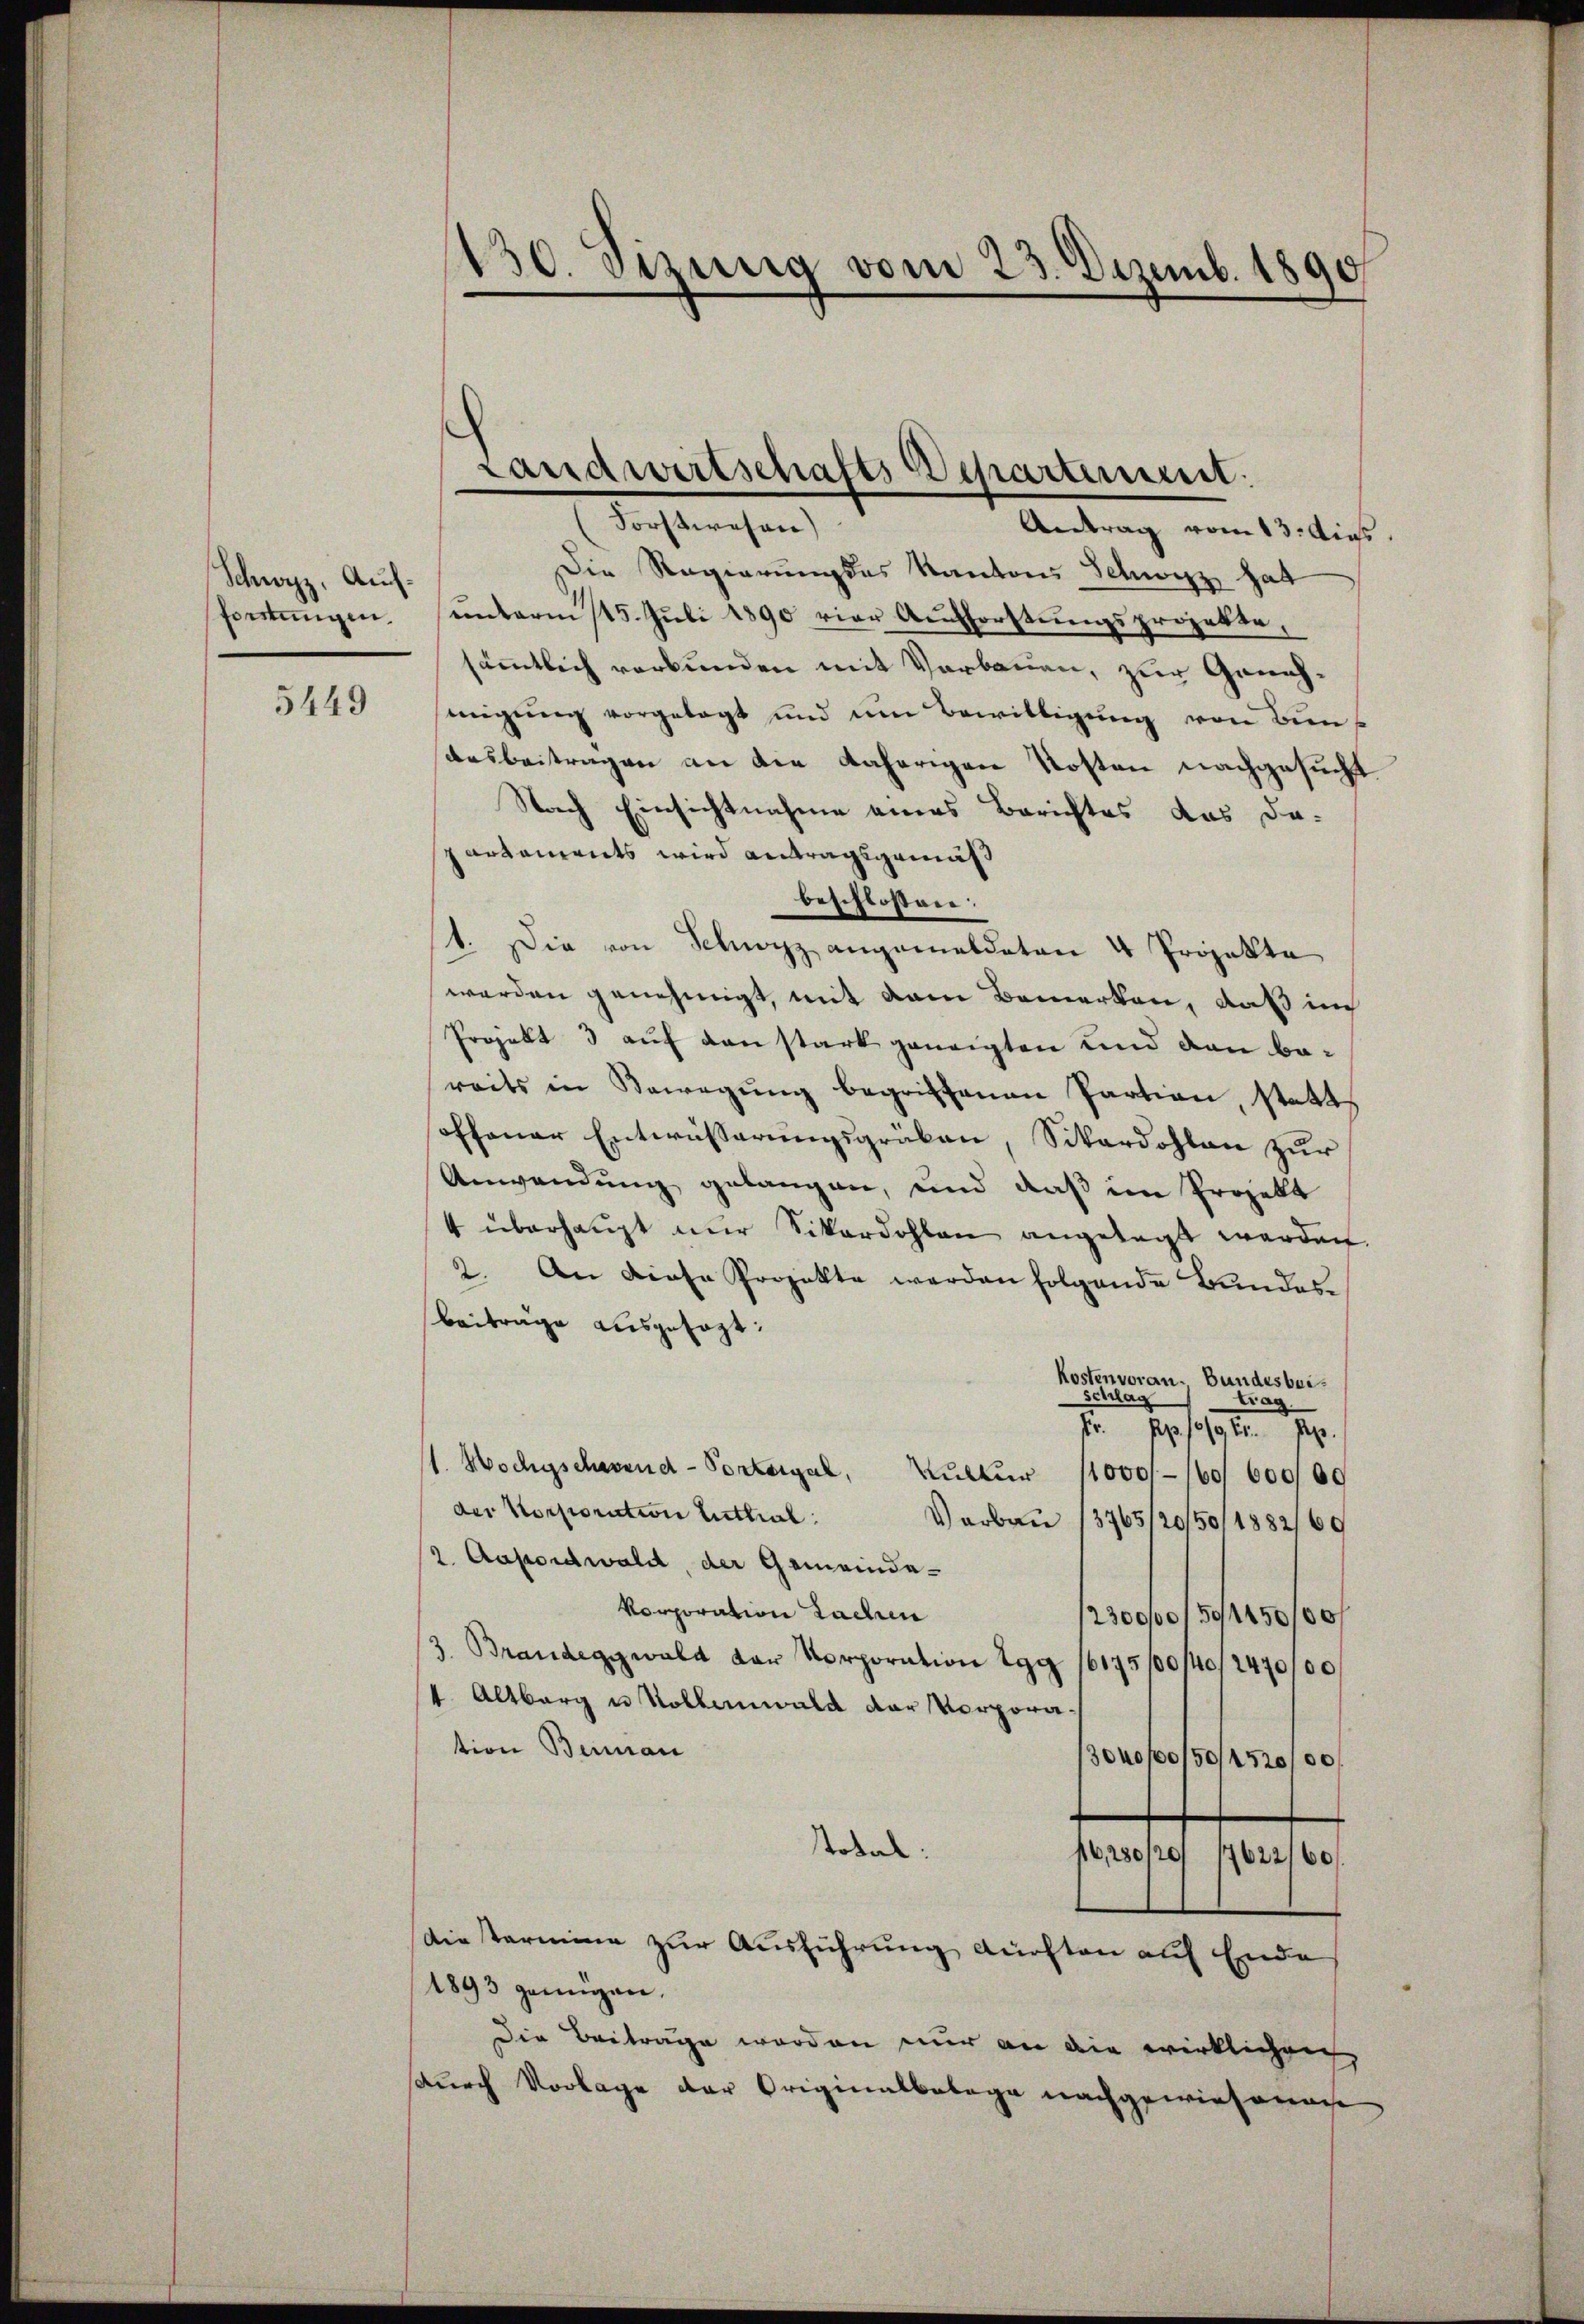
Schwyz, Auffortungen.

5449

130. Sizung vom 23. Dezemb. 1890

Die Regierungsas Kantons Schwyz hat
ŭnterm 15. Jŭli 1890 vier Aufforstŭngsprojekte,
sämmtlich verbunden mit Verbauen, zur Genehmigŭng vorgelegt und um Bewilligŭng von Bun
sausbeitragen an die daherigen Kosten nachgesucht.
Nach Einsichtnahme eines Berichtes das da-
partements wird antragsgemäß
beschlossen:
1. Die von Schwyz angemeldeten 4 Projekte
werden genehmigt, mit dem Bemerken, daß in
Projekt 3 auf den stark geneigten und dan bereits in Bewegŭng begriffenen Partian, statt
soffener Entwässerungsgräben, Sikardohlen zur
Anwendung gelangen, und daß im Projekt
4 überhaupt nur Vikardohlen angelegt werden.
2. An diese Projekte werden folgende Bundesbeiträge ausgesagt:
Kostenvoran.
Bundesber¬
Schlag
trag.
r. pp. 1019 Er. pp.
1. Hochgschwend-Portergal, Kultur 11000
60/600/00
der Korporation tuttial:
Verbau 13765/20/50/1882/69
2. Aasoidwald, der Gemeinde-
Vorporation Sachen
2300/01501450/00/
3. Brandeggwald der Vorporation Egg 16175/00/40/2470/00
1. Altburg u Kollenwald der Vorpora
tion Beinan
30uo/0150/4520/00.
total:
16,280/20/ 17622/60/
dietaria zur Ausführung auchten auf Ende
1893 genügen.
Die Beitrage worden nur an die wirklichen
durch Vorlage der Originalbelege nachgewiesenach

Landwirtschafts Departement:
Forstwesen)
Antrag vom 13. Augs